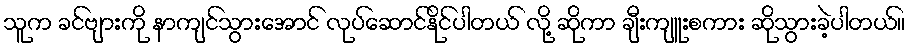
သူက ခင်ဗျားကို နာကျင်သွားအောင် လုပ်ဆောင်နိုင်ပါတယ် လို့ ဆိုကာ ချီးကျူးစကား ဆိုသွားခဲ့ပါတယ်။